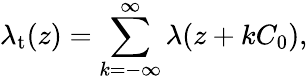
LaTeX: \lambda_{\mathrm{t}}(z)=\sum_{k=-\infty}^{\infty}\lambda(z+kC_{0}),